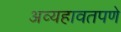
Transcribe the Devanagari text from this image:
अव्यहावतपणे